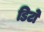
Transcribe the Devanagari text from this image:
डिटो